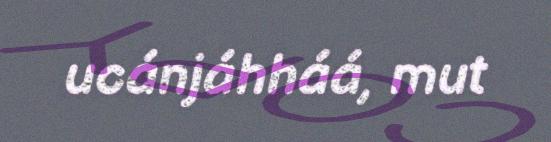
ucánjáhháá, mut